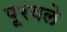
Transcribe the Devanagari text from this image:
पूरवले